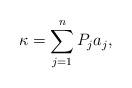
LaTeX: \begin{align*}\kappa=\sum_{j=1}^{n}P_{j}a_{j},\end{align*}